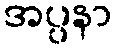
အပ္ပနာ